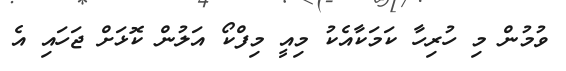
ވުމުން މި ހުރިހާ ކަމަކާއެކު މިއީ މިފްކޯ އަލުން ކޮޅަށް ޖަހައި އެ